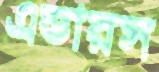
এন্ডারস